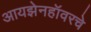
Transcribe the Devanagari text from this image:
आयझेनहॉवरचे